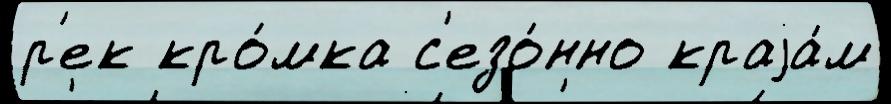
р'ек кро́мка с'езо́нно краjа́м